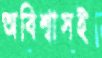
অবিশ্বাসই